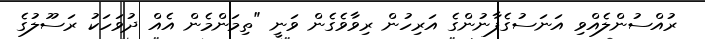
ރުއްސުންލެއްވި އަނަސުގެފާނުންގެ އަރިހުން ރިވާވެގެން ވަނީ "ތިމަންމެން އެއް ދުވަހަކު ރަސޫލުގެ